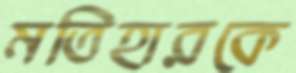
মতিহারকে